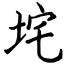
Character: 垞